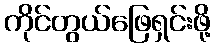
ကိုင်တွယ်ဖြေရှင်းဖို့